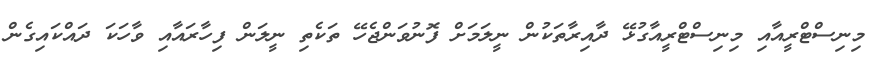
މިނިސްޓްރީއާއި މިނިސްޓްރީއާގުޅޭ ދާއިރާތަކުން ނީލަމަށް ފޮނުވަންޖެހޭ ތަކެތި ނީލަން ފިހާރައާއި ވާހަކަ ދައްކައިގެން